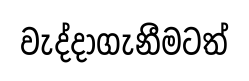
වැද්දාගැනීමටත්